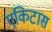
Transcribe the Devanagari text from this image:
एकिटास